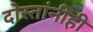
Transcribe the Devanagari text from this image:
दोस्तांनीही